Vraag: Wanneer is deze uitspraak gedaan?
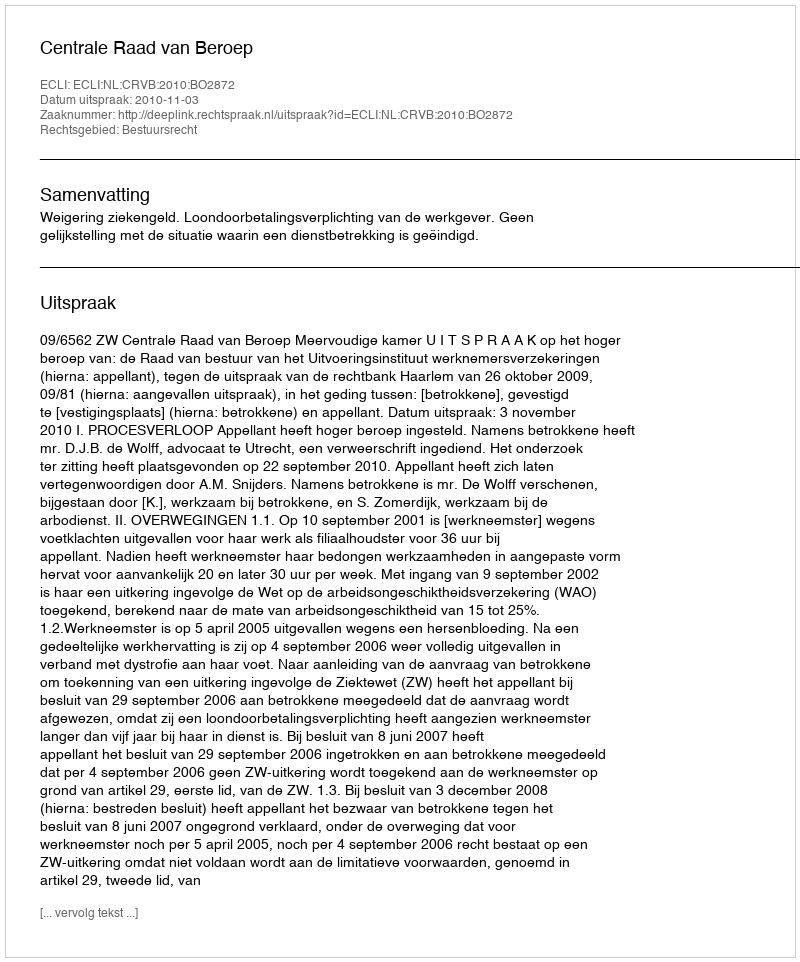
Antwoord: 2010-11-03